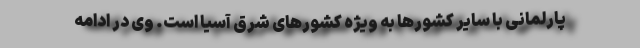
پارلمانی با سایر کشورها به ویژه کشورهای شرق آسیا است. وی در ادامه